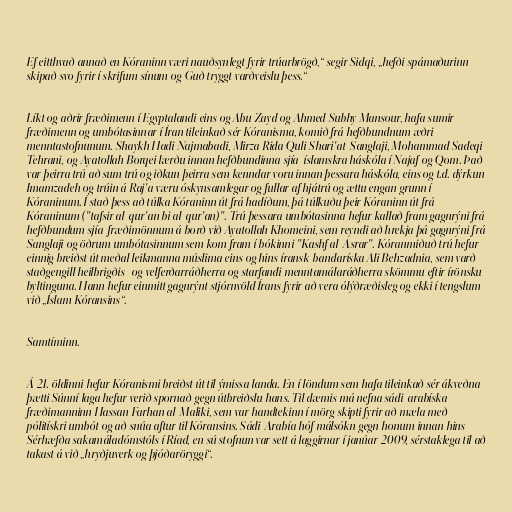
Ef eitthvað annað en Kóraninn væri nauðsynlegt fyrir trúarbrögð,“ segir Sidqi, „hefði spámaðurinn
skipað svo fyrir í skrifum sínum og Guð tryggt varðveislu þess.“

Líkt og aðrir fræðimenn í Egyptalandi eins og Abu Zayd og Ahmed Subhy Mansour, hafa sumir
fræðimenn og umbótasinnar í Íran tileinkað sér Kóranisma, komið frá hefðbundnum æðri
menntastofnunum. Shaykh Hadi Najmabadi, Mirza Rida Quli Shari'at-Sanglaji, Mohammad Sadeqi
Tehrani, og Ayatollah Borqei lærðu innan hefðbundinna sjía-íslamskra háskóla í Najaf og Qom. Það
var þeirra trú að sum trú og iðkun þeirra sem kenndar voru innan þessara háskóla, eins og t.d. dýrkun
Imamzadeh og trúin á Raj'a væru óskynsamlegar og fullar af hjátrú og ættu engan grunn í
Kóraninum. Í stað þess að túlka Kóraninn út frá hadíðum, þá túlkuðu þeir Kóraninn út frá
Kóraninum ("tafsir al-qur'an bi al-qur'an)". Trú þessara umbótasinna hefur kallað fram gagnrýni frá
hefðbundum sjía-fræðimönnum á borð við Ayatollah Khomeini, sem reyndi að hrekja þá gagnrýni frá
Sanglaji og öðrum umbótasinnum sem kom fram í bókinni "Kashf al-Asrar". Kóranmiðuð trú hefur
einnig breiðst út meðal leikmanna múslima eins og hins íransk-bandaríska Ali Behzadnia, sem varð
staðgengill heilbrigðis- og velferðarráðherra og starfandi menntamálaráðherra skömmu eftir írönsku
byltinguna. Hann hefur einmitt gagnrýnt stjórnvöld Írans fyrir að vera ólýðræðisleg og ekki í tengslum
við „Íslam Kóransins“.

Samtíminn.

Á 21. öldinni hefur Kóranismi breiðst út til ýmissa landa. En í löndum sem hafa tileinkað sér ákveðna
þætti Súnní laga hefur verið spornað gegn útbreiðslu hans. Til dæmis má nefna sádi-arabíska
fræðimanninn Hassan Farhan al-Maliki, sem var handtekinn í mörg skipti fyrir að mæla með
pólitískri umbót og að snúa aftur til Kóransins. Sádi-Arabía hóf málsókn gegn honum innan hins
Sérhæfða sakamáladómstóls í Ríad, en sú stofnun var sett á laggirnar í janúar 2009, sérstaklega til að
takast á við „hryðjuverk og þjóðaröryggi“.